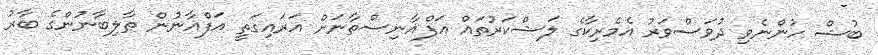
ބުޝް ހުންނެވި ދުވަސްވަރު އެމެރިކާގެ ލަޝްކަރުތައް އަފްޣާނިސްތާނަށް އަރައިގަތީ އަފްޣާނުން ޠާލިބާނުންގެ ބާރު